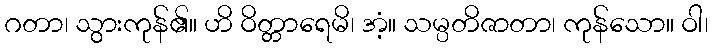
ဂတာ၊ သွားကုန်၏။ ဟိ ဝိတ္တာရေမိ၊ အံ့။ သမ္ပတိဇာတာ၊ ကုန်သော။ ဝါ၊